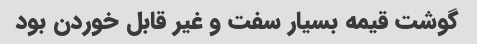
گوشت قیمه بسیار سفت و غیر قابل خوردن بود